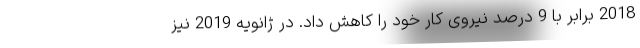
2018 برابر با 9 درصد نیروی کار خود را کاهش داد. در ژانویه 2019 نیز